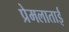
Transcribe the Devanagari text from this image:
प्रेमलाताई